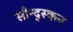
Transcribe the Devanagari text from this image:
सौन्द्स्कन